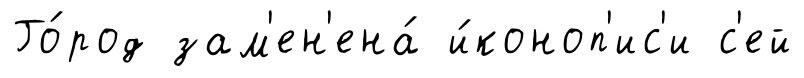
Го́род зам'ен'ена́ и́коноп'ис'и с'ей